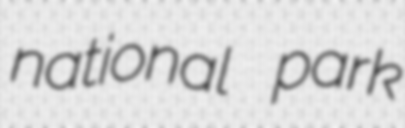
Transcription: national park